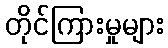
တိုင်ကြားမှုများ